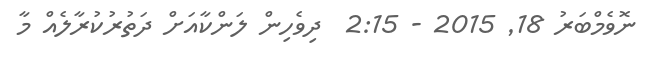
ނޮވެމްބަރު 18